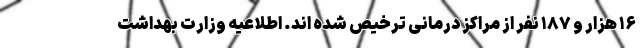
۱۶ هزار و ۱۸۷ نفر از مراکز درمانی ترخیص شده اند. اطلاعیه وزارت بهداشت